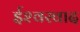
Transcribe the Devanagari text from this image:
ईश्‍वरवाद